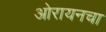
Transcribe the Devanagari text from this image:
ओरायनचा